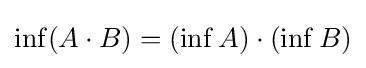
\inf(A\cdot B)=(\inf A)\cdot (\inf B)